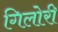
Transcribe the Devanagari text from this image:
गिलोरी